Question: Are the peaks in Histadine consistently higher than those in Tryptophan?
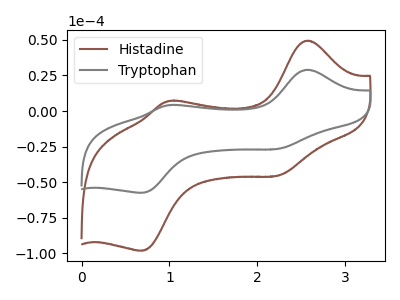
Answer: <think>The brown curve "Histadine" has anodic peaks at (2.55V, 49.40uA) (1.00V, 6.90uA) and cathodic peaks at (2.25V, -45.35uA) (0.70V, -98.10uA). The gray curve "Tryptophan" has anodic peaks at (2.55V, 28.95uA) (1.00V, 4.05uA) and cathodic peaks at (2.25V, -26.55uA) (0.70V, -57.45uA).</think>
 <answer>Every peak in "Histadine" is higher than every peak in "Tryptophan".</answer>
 <eval>higher</eval>